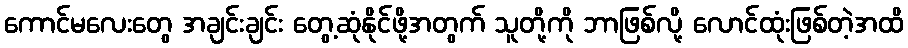
ကောင်မလေးတွေ အချင်းချင်း တွေ့ဆုံနိုင်ဖို့အတွက် သူတို့ကို ဘာဖြစ်လို့ လောင်ထုံးဖြစ်တဲ့အထိ